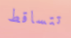
تتساقط